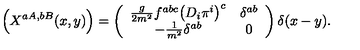
\Bigl ( X ^ { a A , b B } ( x , y ) \Bigr ) = \left( \begin{array} { c c } { \frac { g } { 2 m ^ { 2 } } f ^ { a b c } \bigl ( D _ { i } \pi ^ { i } \bigr ) ^ { c } } & { \delta ^ { a b } } \\ { - \frac { 1 } { m ^ { 2 } } \delta ^ { a b } } & { 0 } \\ \end{array} \right) \delta ( x - y ) .